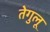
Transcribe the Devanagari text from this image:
तेगुलू